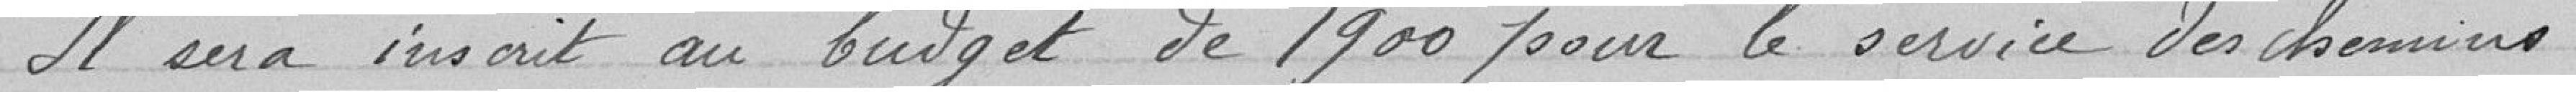
Il sera inscrit au budget de 1900 pour le service des chemins